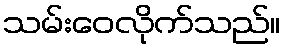
သမ်းဝေလိုက်သည်။